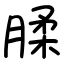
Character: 腬